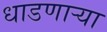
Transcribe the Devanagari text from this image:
धाडणार्‍या